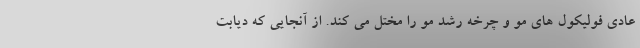
عادی فولیکول های مو و چرخه رشد مو را مختل می کند. از آنجایی که دیابت